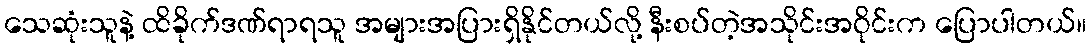
သေဆုံးသူနဲ့ ထိခိုက်ဒဏ်ရာရသူ အများအပြားရှိနိုင်တယ်လို့ နီးစပ်တဲ့အသိုင်းအဝိုင်းက ပြောပါတယ်။